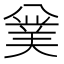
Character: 𠔯